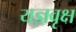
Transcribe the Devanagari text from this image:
यज्ञवृक्ष